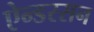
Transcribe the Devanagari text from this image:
ऐन्डरसन